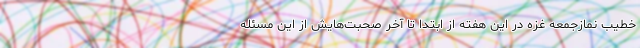
خطیب نمازجمعه غزه در این هفته از ابتدا تا آخر صحبت‌هایش از این مسئله